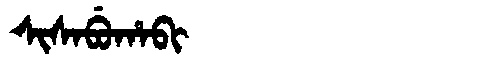
Manchu: ᠰᡳᠰᠠᠪᡠᡥᠠᠪᡳ
Romanization: SISABUHABI